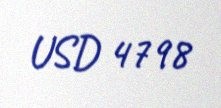
USD 4798